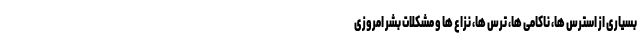
بسیاری از استرس ها، ناکامی ها، ترس ها، نزاع ها و مشکلات بشر امروزی